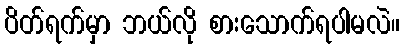
ပိတ်ရက်မှာ ဘယ်လို စားသောက်ရပါမလဲ။